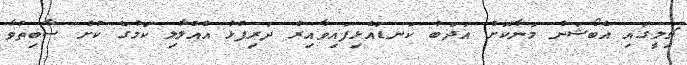
ޗިލީގައި އެބޯޝަން މަނާކޮށް އަދަބު ކަނޑައެޅިފައިވާއިރު ދަރިފުޅު އެއްލާލި ކަމުގެ ކުށް ސާބިތުވާ